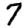
Digit: 7